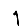
Digit: 1